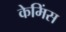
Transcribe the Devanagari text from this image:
केमिंस